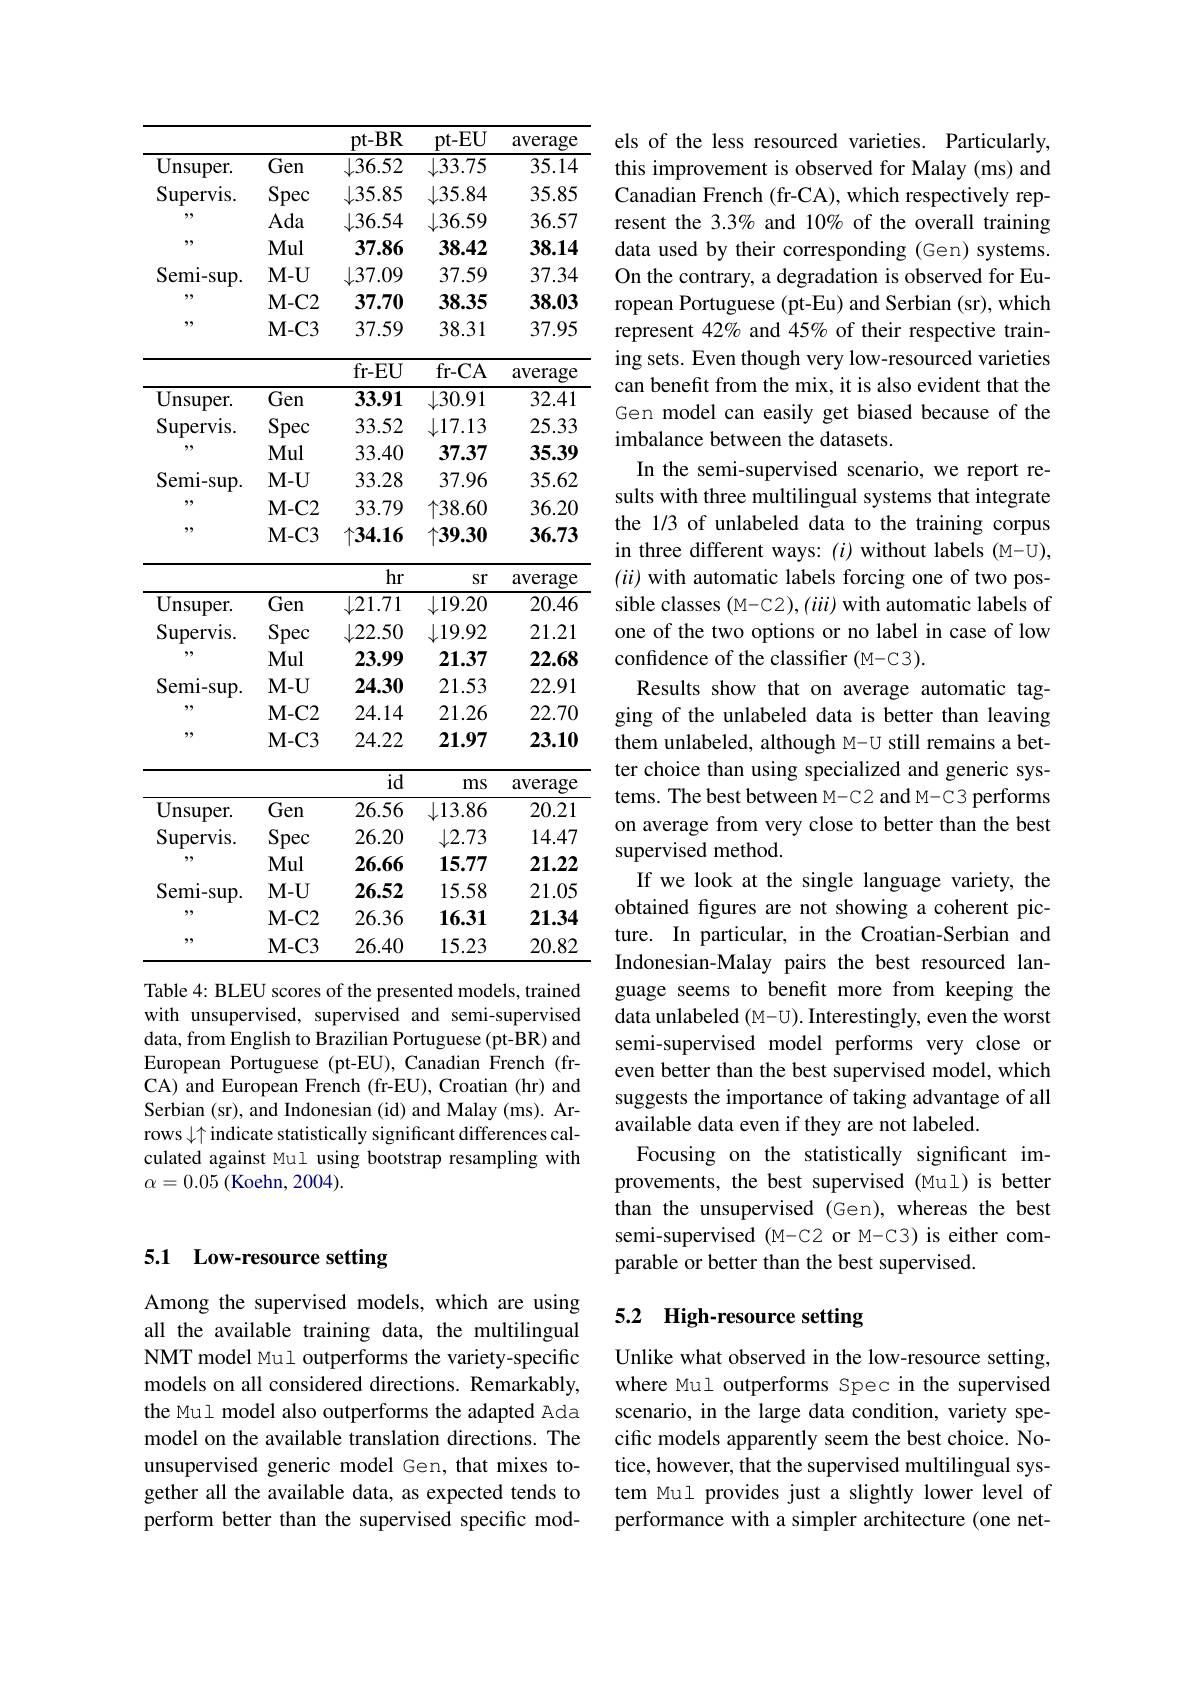
## 5.1 Low-resource setting

Among the supervised models, which are using all the available training data, the multilingual NMT model Mul outperforms the variety-specific models on all considered directions. Remarkably, the Mul model also outperforms the adapted Ada model on the available translation directions. The unsupervised generic model Gen, that mixes together all the available data, as expected tends to perform better than the supervised specific mod-

<table>
	<tbody>
		<tr>
			<th> </th>
			<th> </th>
			<th>$pt-BR$</th>
			<th>pt-EU</th>
			<th>average</th>
		</tr>
		<tr>
			<td>Unsuper. </td>
			<td>Gen</td>
			<td>$\downarrow36.52$</td>
			<td>$\downarrow33.75$</td>
			<td>35.14</td>
		</tr>
		<tr>
			<td>Supervis.</td>
			<td>Spec 1</td>
			<td>$\downarrow35.85$</td>
			<td>$\downarrow35.84$</td>
			<td>35.85</td>
		</tr>
		<tr>
			<td>99</td>
			<td>Ada</td>
			<td>$\downarrow36.54$</td>
			<td>$\downarrow36.59$</td>
			<td>36.57</td>
		</tr>
		<tr>
			<td>99</td>
			<td>Mul</td>
			<td>37.86</td>
			<td>38.42</td>
			<td>38.14</td>
		</tr>
		<tr>
			<td>Semi- sup. </td>
			<td>$M-U$</td>
			<td>$\downarrow37.09$</td>
			<td>37.59</td>
			<td>37.34</td>
		</tr>
		<tr>
			<td>99</td>
			<td>$\mathbf{M-C2}$</td>
			<td>37.70</td>
			<td>38.35</td>
			<td>38.03</td>
		</tr>
		<tr>
			<td>99</td>
			<td>$M-C3$</td>
			<td>37.59</td>
			<td>38.31</td>
			<td>37.95</td>
		</tr>
		<tr>
			<td> </td>
			<td> </td>
			<td>$fr-EU$</td>
			<td>$fr-CA$</td>
			<td>average</td>
		</tr>
		<tr>
			<td>$Unsuper.$</td>
			<td>Gen</td>
			<td>33.91</td>
			<td>$\downarrow30.91$</td>
			<td>32.41</td>
		</tr>
		<tr>
			<td>Supervis.</td>
			<td>Spec</td>
			<td>33.52</td>
			<td>$\downarrow17.13$</td>
			<td>25.33</td>
		</tr>
		<tr>
			<td>99</td>
			<td>Mul</td>
			<td>33.40</td>
			<td>37.37</td>
			<td>35.39</td>
		</tr>
		<tr>
			<td>$\operatorname{Semi-sup}.$</td>
			<td>$M-U$</td>
			<td>33.28</td>
			<td>37.96</td>
			<td>35.62</td>
		</tr>
		<tr>
			<td>99</td>
			<td>$M-C2$</td>
			<td>33.79</td>
			<td>$\uparrow38.60$</td>
			<td>36.20</td>
		</tr>
		<tr>
			<td>99</td>
			<td>$M-C3$</td>
			<td>$\uparrow34.16$</td>
			<td>$\uparrow39.30$</td>
			<td>36.73</td>
		</tr>
		<tr>
			<td> </td>
			<td>$\mathbf{M-C}$</td>
			<td>${\mathcal{J}}4.{\mathbf{I}}0$</td>
			<td>$|\boldsymbol{y}.\boldsymbol{y}.\boldsymbol{y}$</td>
			<td>${\mathcal{S}}0./5$</td>
		</tr>
		<tr>
			<td> </td>
			<td> </td>
			<td>hr</td>
			<td>Sr</td>
			<td>average</td>
		</tr>
		<tr>
			<td>T</td>
			<td> </td>
			<td>$hr$</td>
			<td>Sr</td>
			<td>average</td>
		</tr>
		<tr>
			<td>Unsuper. </td>
			<td>Gen</td>
			<td>$\downarrow21.71$</td>
			<td>$\downarrow19.20$</td>
			<td>20.46</td>
		</tr>
		<tr>
			<td>Supervis</td>
			<td>Spec</td>
			<td>$\downarrow22.50$</td>
			<td>$\downarrow19.92$</td>
			<td>21.21</td>
		</tr>
		<tr>
			<td>1 99</td>
			<td>1 Mul</td>
			<td>23.99</td>
			<td>21.37</td>
			<td>2</td>
		</tr>
		<tr>
			<td>Semi- sup. </td>
			<td>$\mathbf{M-U}$</td>
			<td>24.30</td>
			<td>21.53</td>
			<td>22.91</td>
		</tr>
		<tr>
			<td>99</td>
			<td>$\mathbf{M-C2}$</td>
			<td>24.14</td>
			<td>21.26</td>
			<td>22.70</td>
		</tr>
		<tr>
			<td rowspan="2">,,,</td>
			<td>$M-C3$</td>
			<td>24.22</td>
			<td>21.97</td>
			<td>23.10</td>
		</tr>
		<tr>
			<td> </td>
			<td>id</td>
			<td>ms</td>
			<td>average</td>
		</tr>
		<tr>
			<td>Unsuper. </td>
			<td>Gen</td>
			<td>26.56</td>
			<td>$\downarrow13.86$</td>
			<td>20.21</td>
		</tr>
		<tr>
			<td rowspan="2">Supervis. 97</td>
			<td>Spec</td>
			<td>26.20</td>
			<td>$\downarrow2.73$</td>
			<td>14.47</td>
		</tr>
		<tr>
			<td>Mul</td>
			<td>26.66</td>
			<td>15.77</td>
			<td>21.22</td>
		</tr>
		<tr>
			<td>Semi- sup. </td>
			<td>$M-U$</td>
			<td>26.52</td>
			<td>15.58</td>
			<td>21.05</td>
		</tr>
		<tr>
			<td>99</td>
			<td>$\mathbf{M-C2}$</td>
			<td>26.36</td>
			<td>16.31</td>
			<td>21.34</td>
		</tr>
		<tr>
			<td>99</td>
			<td>$M-C3$</td>
			<td>26.40</td>
			<td>15.23</td>
			<td>20.82</td>
		</tr>
	</tbody>
</table>
with unsupervised, supervised and semi-supervised

data, from English to Brazilian Portuguese (pt-BR) and European Portuguese (pt-EU), Canadian French (frCA) and European French (fr-EU), Croatian (hr) and Serbian (sr), and Indonesian (id) and Malay (ms). Arrows $\downarrow\uparrow$ indicate statistically significant differences calculated against Mul using bootstrap resampling with $\alpha=0.05$ (Koehn, 2004).

els of the less resourced varieties. Particularly, this improvement is observed for Malay (ms) and Canadian French (fr-CA), which respectively represent the 3.3% and 10% of the overall training data used by their corresponding (Gen) systems. On the contrary, a degradation is observed for European Portuguese (pt-Eu) and Serbian (sr), which represent 42% and 45% of their respective training sets. Even though very low-resourced varieties can benefit from the mix, it is also evident that the Gen model can easily get biased because of the imbalance between the datasets.
In the semi-supervised scenario, we report results with three multilingual systems that integrate the 1/3 of unlabeled data to the training corpus in three different ways: (i) without labels (M-U), (ii) with automatic labels forcing one of two possible classes (M-C2), (iii) with automatic labels of one of the two options or no label in case of low confidence of the classifier (M-C3).
Results show that on average automatic tagging of the unlabeled data is better than leaving them unlabeled, although M-U still remains a better choice than using specialized and generic systems. The best between M-C2 and M-C3 performs on average from very close to better than the best supervised method.
If we look at the single language variety, the obtained fgures are not showing a coherent picture. In particular, in the Croatian-Serbian and Indonesian-Malay pairs the best resourced language seems to benefit more from keeping the data unlabeled (M-U). Interestingly, even the worst semi-supervised model performs very close or even better than the best supervised model, which suggests the importance of taking advantage of all available data even if they are not labeled.
Focusing on the statistically significant improvements, the best supervised (Mul) is better than the unsupervised (Gen),whereas the best semi-supervised (M-C2 or M-C3) is either comparable or better than the best supervised.

## 5.2 High-resource setting

Unlike what observed in the low-resource setting, where Mul outperforms Spec in the supervised scenario, in the large data condition, variety specific models apparently seem the best choice. Notice, however, that the supervised multilingual system Mul provides just a slightly lower level of performance with a simpler architecture (one net-